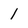
Character: l